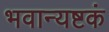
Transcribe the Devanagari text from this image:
भवान्यष्टकं